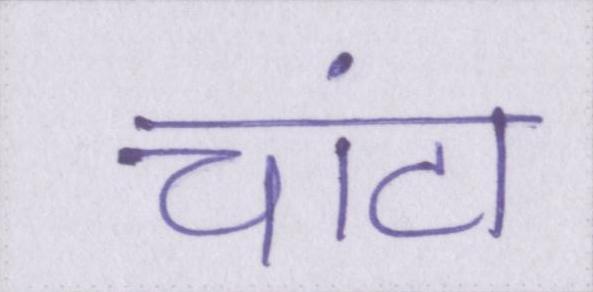
चांटा